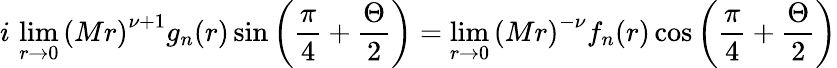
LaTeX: i\, \operatorname*{lim}_{r\rightarrow 0}\left(Mr\right)^{\nu+1}g_{n}(r)\sin\left(\frac{\pi}{4}+\frac{\Theta}{2}\right)=\operatorname*{lim}_{r\rightarrow 0}\left(Mr\right)^{-\nu}f_{n}(r)\cos\left(\frac{\pi}{4}+\frac{\Theta}{2}\right)